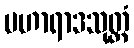
ပဟာရာဒသုတ္တံ